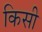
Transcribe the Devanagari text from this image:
किसी